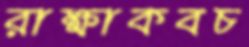
রাক্ষাকবচ